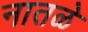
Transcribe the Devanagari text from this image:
नातळे